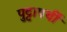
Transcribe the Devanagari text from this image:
पुट्टापर्थी